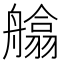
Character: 𦪙